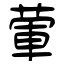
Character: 葷